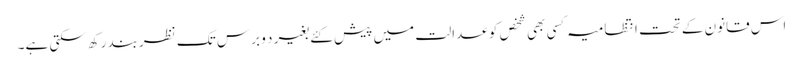
اس قانون کے تحت انتظامیہ کسی بھی شخص کو عدالت میں پیش کئے بغیر د و برس تک نظربند رکھ سکتی ہے۔